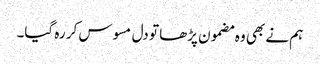
ہم نے بھی وہ مضمون پڑھا تو دل مسوس کر رہ گیا۔